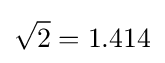
{\sqrt {2}}=1.414